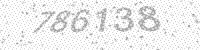
Solution: 786138